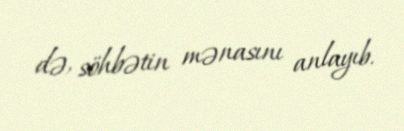
də, söhbətin mənasını anlayıb.